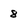
Character: 8